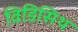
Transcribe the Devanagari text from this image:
विडिसिथ